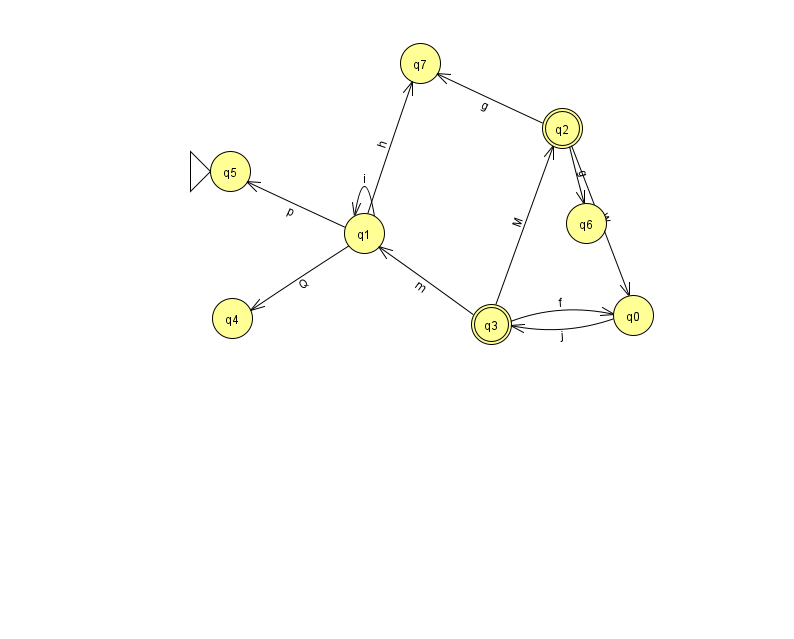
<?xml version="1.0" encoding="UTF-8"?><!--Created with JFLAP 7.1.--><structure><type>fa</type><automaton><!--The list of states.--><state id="0" name="q0"><x>633.0</x><y>302.0</y></state><state id="1" name="q1"><x>364.0</x><y>220.0</y></state><state id="2" name="q2"><x>562.0</x><y>115.0</y><final/></state><state id="3" name="q3"><x>491.0</x><y>311.0</y><final/></state><state id="4" name="q4"><x>232.0</x><y>305.0</y></state><state id="5" name="q5"><x>230.0</x><y>158.0</y><initial/></state><state id="6" name="q6"><x>586.0</x><y>210.0</y></state><state id="7" name="q7"><x>420.0</x><y>50.0</y></state><!--The list of transitions.--><transition><from>0</from><to>3</to><read>j</read></transition><transition><from>2</from><to>0</to><read>w</read></transition><transition><from>3</from><to>2</to><read>M</read></transition><transition><from>2</from><to>7</to><read>g</read></transition><transition><from>3</from><to>1</to><read>m</read></transition><transition><from>1</from><to>1</to><read>i</read></transition><transition><from>1</from><to>4</to><read>Q</read></transition><transition><from>2</from><to>6</to><read>g</read></transition><transition><from>1</from><to>7</to><read>h</read></transition><transition><from>3</from><to>0</to><read>f</read></transition><transition><from>1</from><to>5</to><read>p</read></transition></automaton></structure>